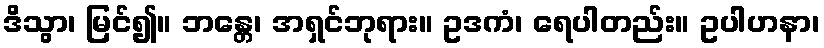
ဒိသွာ၊ မြင်၍။ ဘန္တေ၊ အရှင်ဘုရား။ ဥဒကံ၊ ရေပါတည်း။ ဥပါဟနာ၊